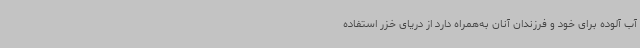
آب آلوده برای خود و فرزندان آنان به‌همراه دارد از دریای خزر استفاده